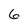
Character: 6